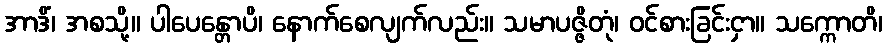
အာဒိံ၊ အစသို့။ ပါပေန္တောပိ၊ နောက်စေလျက်လည်း။ သမာပဇ္ဇိတုံ၊ ဝင်စားခြင်းငှာ။ သက္ကောတိ၊